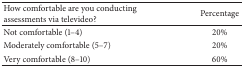
<table><thead><tr><td><b>How comfortable are you conducting assessments via televideo?</b></td><td><b>Percentage</b></td></tr></thead><tbody><tr><td>Not comfortable (1–4)</td><td>20%</td></tr><tr><td>Moderately comfortable (5–7)</td><td>20%</td></tr><tr><td>Very comfortable (8–10)</td><td>60%</td></tr></tbody></table>